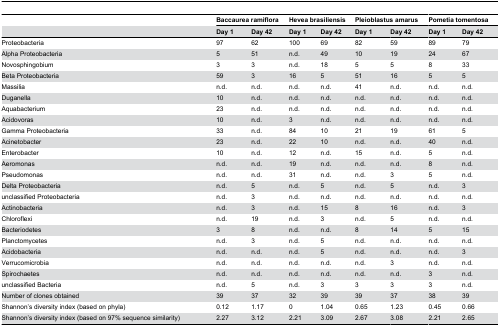
<table><thead><tr><td></td><td colspan="2"><b>Baccaurea ramiflora</b></td><td colspan="2"><b>Hevea brasiliensis</b></td><td colspan="2"><b>Pleioblastus amarus</b></td><td colspan="2"><b>Pometia tomentosa</b></td></tr><tr><td></td><td><b>Day 1</b></td><td><b>Day 42</b></td><td><b>Day 1</b></td><td><b>Day 42</b></td><td><b>Day 1</b></td><td><b>Day 42</b></td><td><b>Day 1</b></td><td><b>Day 42</b></td></tr></thead><tbody><tr><td>Proteobacteria</td><td>97</td><td>62</td><td>100</td><td>69</td><td>82</td><td>59</td><td>89</td><td>79</td></tr><tr><td>Alpha Proteobacteria</td><td>5</td><td>51</td><td>n.d.</td><td>49</td><td>10</td><td>19</td><td>24</td><td>67</td></tr><tr><td>Novosphingobium</td><td>3</td><td>3</td><td>n.d.</td><td>18</td><td>5</td><td>5</td><td>8</td><td>33</td></tr><tr><td>Beta Proteobacteria</td><td>59</td><td>3</td><td>16</td><td>5</td><td>51</td><td>16</td><td>5</td><td>5</td></tr><tr><td> Massilia</td><td>n.d.</td><td>n.d.</td><td>n.d.</td><td>n.d.</td><td>41</td><td>n.d.</td><td>n.d.</td><td>n.d.</td></tr><tr><td> Duganella</td><td>10</td><td>n.d.</td><td>n.d.</td><td>n.d.</td><td>n.d.</td><td>n.d.</td><td>n.d.</td><td>n.d.</td></tr><tr><td> Aquabacterium</td><td>23</td><td>n.d.</td><td>n.d.</td><td>n.d.</td><td>n.d.</td><td>n.d.</td><td>n.d.</td><td>n.d.</td></tr><tr><td> Acidovoras</td><td>10</td><td>n.d.</td><td>3</td><td>n.d.</td><td>n.d.</td><td>n.d.</td><td>n.d.</td><td>n.d.</td></tr><tr><td>Gamma Proteobacteria</td><td>33</td><td>n.d.</td><td>84</td><td>10</td><td>21</td><td>19</td><td>61</td><td>5</td></tr><tr><td> Acinetobacter</td><td>23</td><td>n.d.</td><td>22</td><td>10</td><td>n.d.</td><td>n.d.</td><td>40</td><td>n.d.</td></tr><tr><td> Enterobacter</td><td>10</td><td>n.d.</td><td>12</td><td>n.d.</td><td>15</td><td>n.d.</td><td>5</td><td>n.d.</td></tr><tr><td> Aeromonas</td><td>n.d.</td><td>n.d.</td><td>19</td><td>n.d.</td><td>n.d.</td><td>n.d.</td><td>8</td><td>n.d.</td></tr><tr><td> Pseudomonas</td><td>n.d.</td><td>n.d.</td><td>31</td><td>n.d.</td><td>n.d.</td><td>3</td><td>5</td><td>n.d.</td></tr><tr><td>Delta Proteobacteria</td><td>n.d.</td><td>5</td><td>n.d.</td><td>5</td><td>n.d.</td><td>5</td><td>n.d.</td><td>3</td></tr><tr><td>unclassified Proteobacteria</td><td>n.d.</td><td>3</td><td>n.d.</td><td>n.d.</td><td>n.d.</td><td>n.d.</td><td>n.d.</td><td>n.d.</td></tr><tr><td>Actinobacteria</td><td>n.d.</td><td>3</td><td>n.d.</td><td>15</td><td>8</td><td>16</td><td>n.d.</td><td>3</td></tr><tr><td>Chloroflexi</td><td>n.d.</td><td>19</td><td>n.d.</td><td>3</td><td>n.d.</td><td>5</td><td>n.d.</td><td>n.d.</td></tr><tr><td>Bacteriodetes</td><td>3</td><td>8</td><td>n.d.</td><td>n.d.</td><td>8</td><td>14</td><td>5</td><td>15</td></tr><tr><td>Planctomycetes</td><td>n.d.</td><td>3</td><td>n.d.</td><td>5</td><td>n.d.</td><td>n.d.</td><td>n.d.</td><td>n.d.</td></tr><tr><td>Acidobacteria</td><td>n.d.</td><td>n.d.</td><td>n.d.</td><td>5</td><td>n.d.</td><td>n.d.</td><td>n.d.</td><td>3</td></tr><tr><td>Verrucomicrobia</td><td>n.d.</td><td>n.d.</td><td>n.d.</td><td>n.d.</td><td>n.d.</td><td>3</td><td>n.d.</td><td>n.d.</td></tr><tr><td>Spirochaetes</td><td>n.d.</td><td>n.d.</td><td>n.d.</td><td>n.d.</td><td>n.d.</td><td>n.d.</td><td>3</td><td>n.d.</td></tr><tr><td>unclassified Bacteria</td><td>n.d.</td><td>5</td><td>n.d.</td><td>3</td><td>3</td><td>3</td><td>3</td><td>n.d.</td></tr><tr><td>Number of clones obtained</td><td>39</td><td>37</td><td>32</td><td>39</td><td>39</td><td>37</td><td>38</td><td>39</td></tr><tr><td>Shannon’s diversity index (based on phyla)</td><td>0.12</td><td>1.17</td><td>0</td><td>1.04</td><td>0.65</td><td>1.23</td><td>0.45</td><td>0.66</td></tr><tr><td>Shannon’s diversity index (based on 97% sequence similarity)</td><td>2.27</td><td>3.12</td><td>2.21</td><td>3.09</td><td>2.67</td><td>3.08</td><td>2.21</td><td>2.65</td></tr></tbody></table>